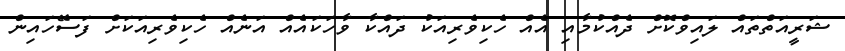
ޝަރީއަތްތައް ލައިވްކޮށް ދެއްކުމާއި އެއް ހެކިވެރިއަކު ދައްކާ ވާހަކައެއް އަނެއް ހެކިވެރިއަކަށް ފަސޭހައިން